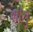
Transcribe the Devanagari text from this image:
ग्रोसु